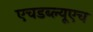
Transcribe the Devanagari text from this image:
एचडब्ल्यूएच